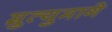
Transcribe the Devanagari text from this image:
म्रुत्युमागे